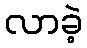
လာခဲ့